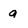
Character: q